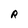
Character: R